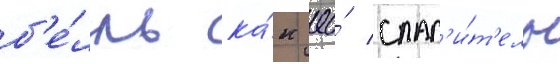
б'е́лль ка́к ео́ спас'и́т'ель